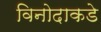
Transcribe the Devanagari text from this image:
विनोदाकडे